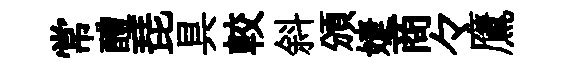
常醴琵具較斜頒婕商々鷹